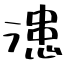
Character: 漶